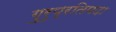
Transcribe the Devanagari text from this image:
गुरुप्रतिपदा